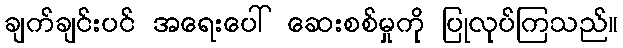
ချက်ချင်းပင် အရေးပေါ် ဆေးစစ်မှုကို ပြုလုပ်ကြသည်။